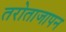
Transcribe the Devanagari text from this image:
तरोताजापन